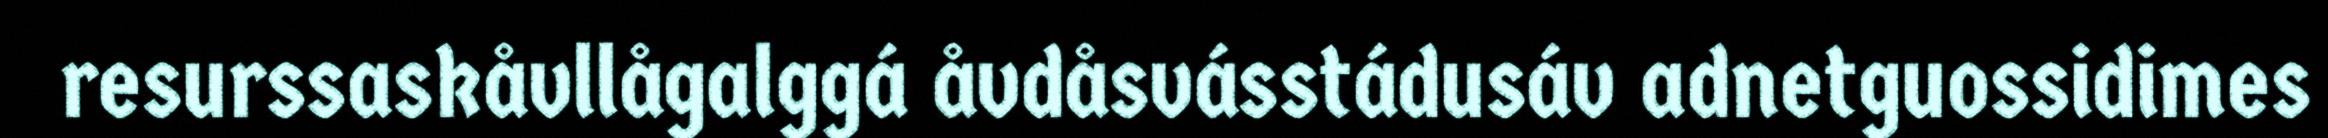
resurssaskåvllågalggá åvdåsvásstádusáv adnetguossidimes